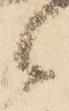
候